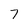
Character: 7